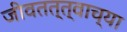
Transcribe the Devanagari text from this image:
जीवतत्त्वाच्या